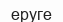
еруге